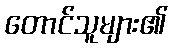
တောင်သူများ၏